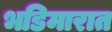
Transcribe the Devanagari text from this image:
भडिमारात